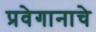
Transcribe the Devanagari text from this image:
प्रवेगानाचे